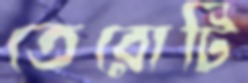
তেরোটি